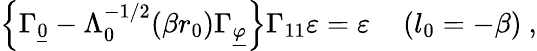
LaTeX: \left\{ \Gamma_{\underline{{{0}}}}-\Lambda_{0}^{-1/2}(\beta r_{0})\Gamma_{\underline{{{\varphi}}}}\right\} \Gamma_{11}\varepsilon=\varepsilon\quad\left(l_{0}=-\beta\right)~,